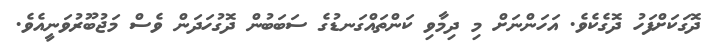
ދޮގަކަށްފަހު ދޮގެކެވެ. އަހަންނަށް މި ދިމާވި ކަންތައްގަނޑުގެ ސަބަބުން ދޮގުހަދަން ވެސް މަޖުބޫރުވަނީއެވެ.